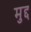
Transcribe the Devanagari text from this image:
मुद्द